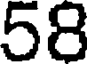
58